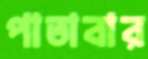
পাতাবার